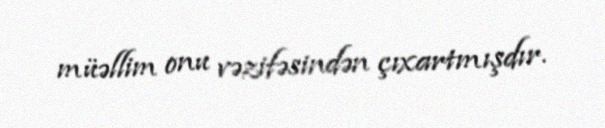
müəllim onu vəzifəsindən çıxartmışdır.